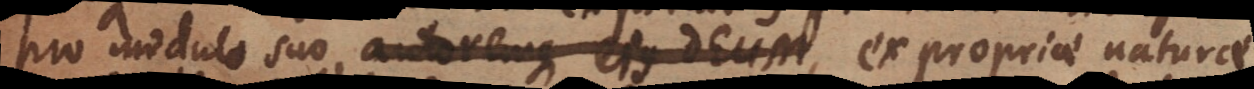
pro modulo suo, autoremque ejus Deum ex propriae naturae